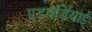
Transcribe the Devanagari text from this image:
एडवर्डियाई